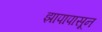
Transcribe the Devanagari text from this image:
झापापासून